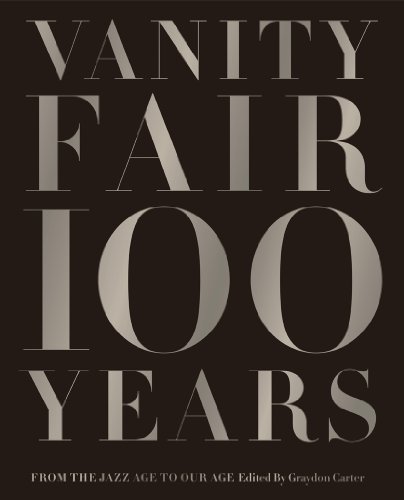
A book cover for Vanity Fair 100 Years: From the Jazz Age to Our Age; Graydon Carter; Humor & Entertainment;